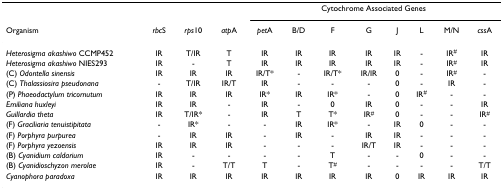
<table><thead><tr><td></td><td></td><td></td><td></td><td colspan="8"><b>Cytochrome Associated Genes</b></td></tr><tr><td><b>Organism</b></td><td><b><i>rbc</i>S</b></td><td><b><i>rps</i>10</b></td><td><b><i>atp</i>A</b></td><td><b><i>pet</i>A</b></td><td><b>B/D</b></td><td><b>F</b></td><td><b>G</b></td><td><b>J</b></td><td><b>L</b></td><td><b>M/N</b></td><td><b><i>css</i>A</b></td></tr></thead><tbody><tr><td><i>Heterosigma akashiwo </i>CCMP452</td><td>IR</td><td>T/IR</td><td>T</td><td>IR</td><td>IR</td><td>IR</td><td>IR</td><td>IR</td><td>-</td><td>IR<sup>#</sup></td><td>IR</td></tr><tr><td><i>Heterosigma akashiwo </i>NIES293</td><td>IR</td><td>-</td><td>T</td><td>IR</td><td>IR</td><td>IR</td><td>IR</td><td>IR</td><td>-</td><td>IR<sup>#</sup></td><td>IR</td></tr><tr><td>(C) <i>Odontella sinensis</i></td><td>IR</td><td>IR</td><td>IR</td><td>IR/T*</td><td>-</td><td>IR/T*</td><td>IR/IR</td><td>0</td><td>-</td><td>IR<sup>#</sup></td><td>-</td></tr><tr><td>(C) <i>Thalassiosira pseudonana</i></td><td>-</td><td>T/IR</td><td>IR/T</td><td>IR</td><td>-</td><td>-</td><td>-</td><td>0</td><td>-</td><td>IR</td><td>-</td></tr><tr><td>(P) <i>Phaeodactylum tricornutum</i></td><td>IR</td><td>IR</td><td>IR</td><td>IR*</td><td>IR</td><td>IR*</td><td>-</td><td>0</td><td>IR<sup>#</sup></td><td>-</td><td>-</td></tr><tr><td><i>Emiliana huxleyi</i></td><td>IR</td><td>IR</td><td>-</td><td>IR</td><td>-</td><td>0</td><td>IR</td><td>0</td><td>-</td><td>-</td><td>IR</td></tr><tr><td><i>Guillardia theta</i></td><td>IR</td><td>T/IR*</td><td>-</td><td>IR</td><td>T</td><td>T*</td><td>IR<sup>#</sup></td><td>0</td><td>-</td><td>-</td><td>IR<sup>#</sup></td></tr><tr><td>(F) <i>Graciliaria tenuistipitata</i></td><td>-</td><td>IR*</td><td>-</td><td>-</td><td>IR</td><td>IR*</td><td>-</td><td>IR</td><td>0</td><td>-</td><td>-</td></tr><tr><td>(F) <i>Porphyra purpurea</i></td><td>-</td><td>IR</td><td>IR</td><td>-</td><td>IR</td><td>-</td><td>IR</td><td>IR</td><td>-</td><td>-</td><td>-</td></tr><tr><td>(F) <i>Porphyra yezoensis</i></td><td>IR</td><td>IR</td><td>IR</td><td>-</td><td>-</td><td>-</td><td>IR/T</td><td>IR</td><td>-</td><td>-</td><td>-</td></tr><tr><td>(B) <i>Cyanidium caldarium</i></td><td>IR</td><td>-</td><td>-</td><td>-</td><td>-</td><td>T</td><td>-</td><td>-</td><td>0</td><td>-</td><td>-</td></tr><tr><td>(B) <i>Cyanidioschyzon merolae</i></td><td>IR</td><td>-</td><td>T/T</td><td>T</td><td>-</td><td>T<sup>#</sup></td><td>-</td><td>-</td><td>-</td><td>-</td><td>T/T</td></tr><tr><td><i>Cyanophora paradoxa</i></td><td>IR</td><td>IR</td><td>IR</td><td>IR</td><td>IR</td><td>IR</td><td>IR</td><td>0</td><td>IR</td><td>IR</td><td>IR</td></tr></tbody></table>